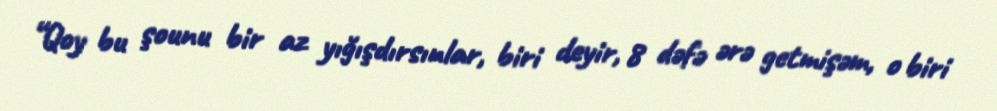
“Qoy bu şounu bir az yığışdırsınlar, biri deyir, 8 dəfə ərə getmişəm, o biri